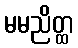
မမညိတ္ထ